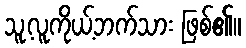
သူ့လူကိုယ့်ဘက်သား ဖြစ်၏။